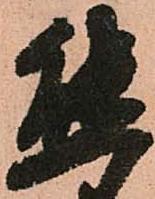
態